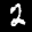
Label: 2